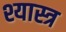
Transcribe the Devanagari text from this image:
श्यास्त्र